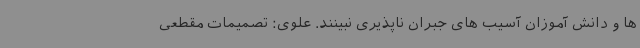
ها و دانش آموزان آسیب های جبران ناپذیری نبینند. علوی: تصمیمات مقطعی